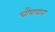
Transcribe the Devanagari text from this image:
चौपायात